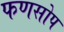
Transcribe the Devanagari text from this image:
फणसोप